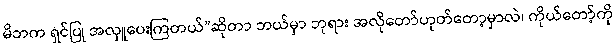
မိဘက ရှင်ပြု အလှူပေးကြတယ်”ဆိုတာ ဘယ်မှာ ဘုရား အလိုတော်ဟုတ်တော့မှာလဲ၊ ကိုယ်တော့်ကို